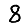
Digit: 8